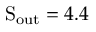
\ensuremath \mathrm { { S } } _ { \mathrm { o u t } } = 4 . 4